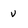
Character: v